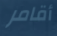
أقامر